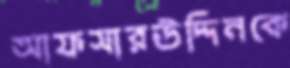
আফসারউদ্দিনকে